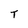
Character: T